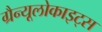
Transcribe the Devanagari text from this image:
ग्रैन्यूलोकाइट्स